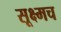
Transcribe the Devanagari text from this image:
सूक्ष्मच